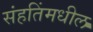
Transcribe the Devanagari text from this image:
संहतिंमधील